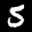
Label: 5